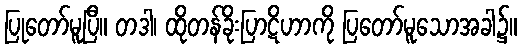
ပြုတော်မူပြီ။ တဒါ၊ ထိုတန်ခိုးပြာဋိဟာကို ပြတော်မူသောအခါ၌။